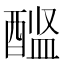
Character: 𨡼